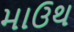
માઉથ